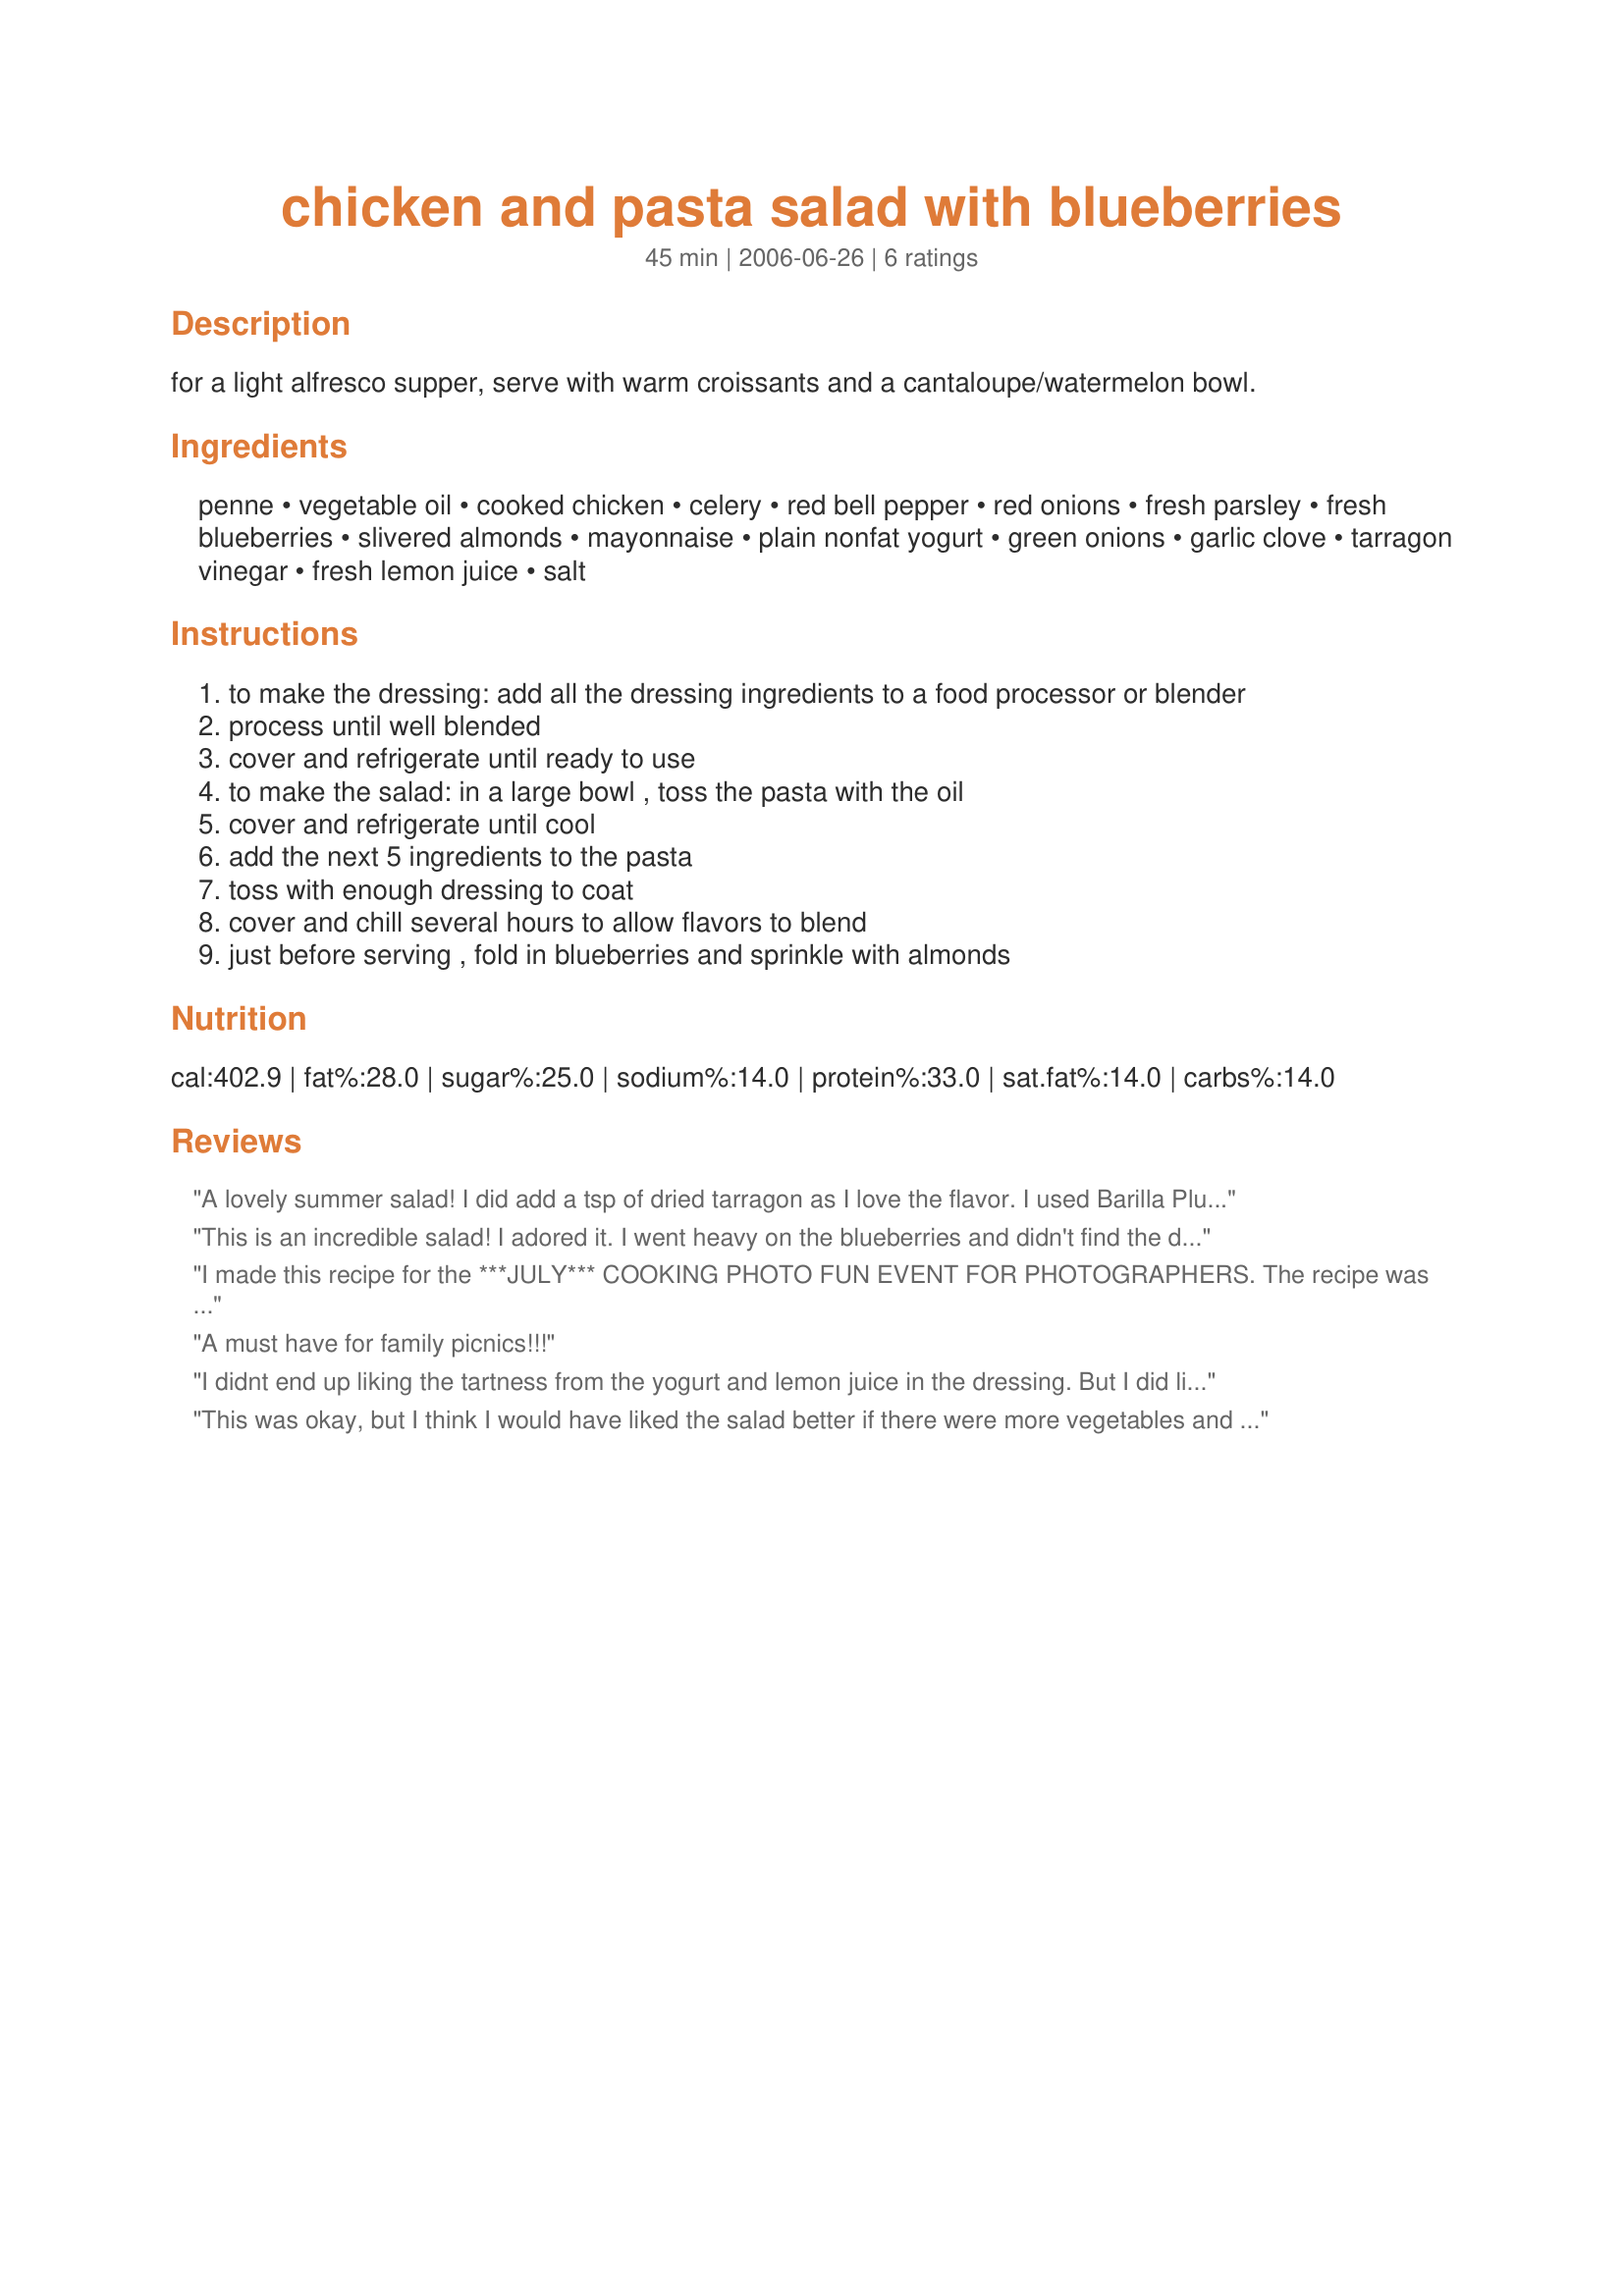
chicken and pasta salad with blueberries
Preparation time: 45 minutes

for a light alfresco supper, serve with warm croissants and a cantaloupe/watermelon bowl.

Ingredients:
penne, vegetable oil, cooked chicken, celery, red bell pepper, red onions, fresh parsley, fresh blueberries, slivered almonds, mayonnaise, plain nonfat yogurt, green onions, garlic clove, tarragon vinegar, fresh lemon juice, salt

Steps:
to make the dressing: add all the dressing ingredients to a food processor or blender
process until well blended
cover and refrigerate until ready to use
to make the salad: in a large bowl , toss the pasta with the oil
cover and refrigerate until cool
add the next 5 ingredients to the pasta
toss with enough dressing to coat
cover and chill several hours to allow flavors to blend
just before serving , fold in blueberries and sprinkle with almonds

Reviews:
A lovely summer salad! I did add a tsp of dried tarragon as I love the flavor. I used Barilla Plus pasta for the fiber and 1/2 tsp of Splenda to the dressing to take some of the tartness out, but that is a personal perference. This could be made with strawberries, peaches or melon cubes also. Thanks, Nurse Di for a new favorite pasta salad.
Carole in Orlando
This is an incredible salad! I adored it. I went heavy on the blueberries and didn't find the dressing too tart at all. In fact, I could eat this dressing with a spoon.
I made this recipe for the ***JULY*** COOKING PHOTO FUN EVENT FOR PHOTOGRAPHERS. The recipe was wonderful and the colors were beautiful to photograph.
A must have for family picnics!!!
I didnt end up liking the tartness from the yogurt and lemon juice in the dressing. But I did like the idea of blending up the green onion. I thought there was too much going on with the blueberries and red onions and ... Anyway, it wasn't for me.
This was okay, but I think I would have liked the salad better if there were more vegetables and fruits in addition to the chicken and pasta. Thanks for sharing.
